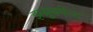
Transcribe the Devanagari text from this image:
इम्प्रूवमेन्ट